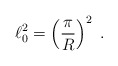
\begin{align*}\ell_0^2=\left(\frac{\pi}{R}\right)^2\;.\end{align*}